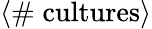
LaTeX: \langle\# \; \mathrm{cultures}\rangle